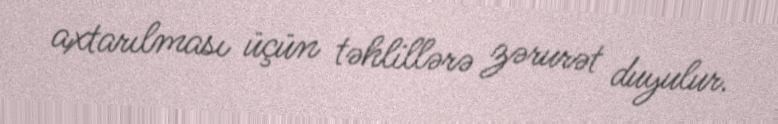
axtarılması üçün təhlillərə zərurət duyulur.